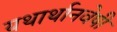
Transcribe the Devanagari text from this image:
यथार्थानवेषी